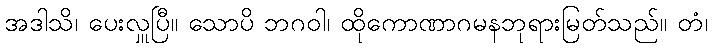
အဒါသိ၊ ပေးလှူပြီ။ သောပိ ဘဂဝါ၊ ထိုကောဏာဂမနဘုရားမြတ်သည်။ တံ၊